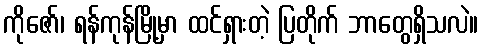
ကိုဇော်၊ ရန်ကုန်မြို့မှာ ထင်ရှားတဲ့ ပြတိုက် ဘာတွေရှိသလဲ။